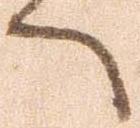
へ